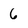
Character: 6